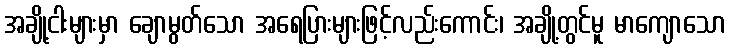
အချို့ငါးများမှာ ချောမွတ်သော အရေပြားများဖြင့်လည်းကောင်း၊ အချို့တွင်မူ မာကျောသော